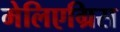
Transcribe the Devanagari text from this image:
मेलिएग्रिस